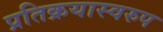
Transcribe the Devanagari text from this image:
प्रतिक्रयास्वरुप